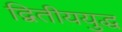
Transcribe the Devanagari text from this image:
द्वितीययुद्ध